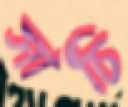
সাঁচি